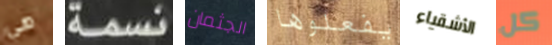
هي نسمة الجثمان يفعلوها الأشقياء كل